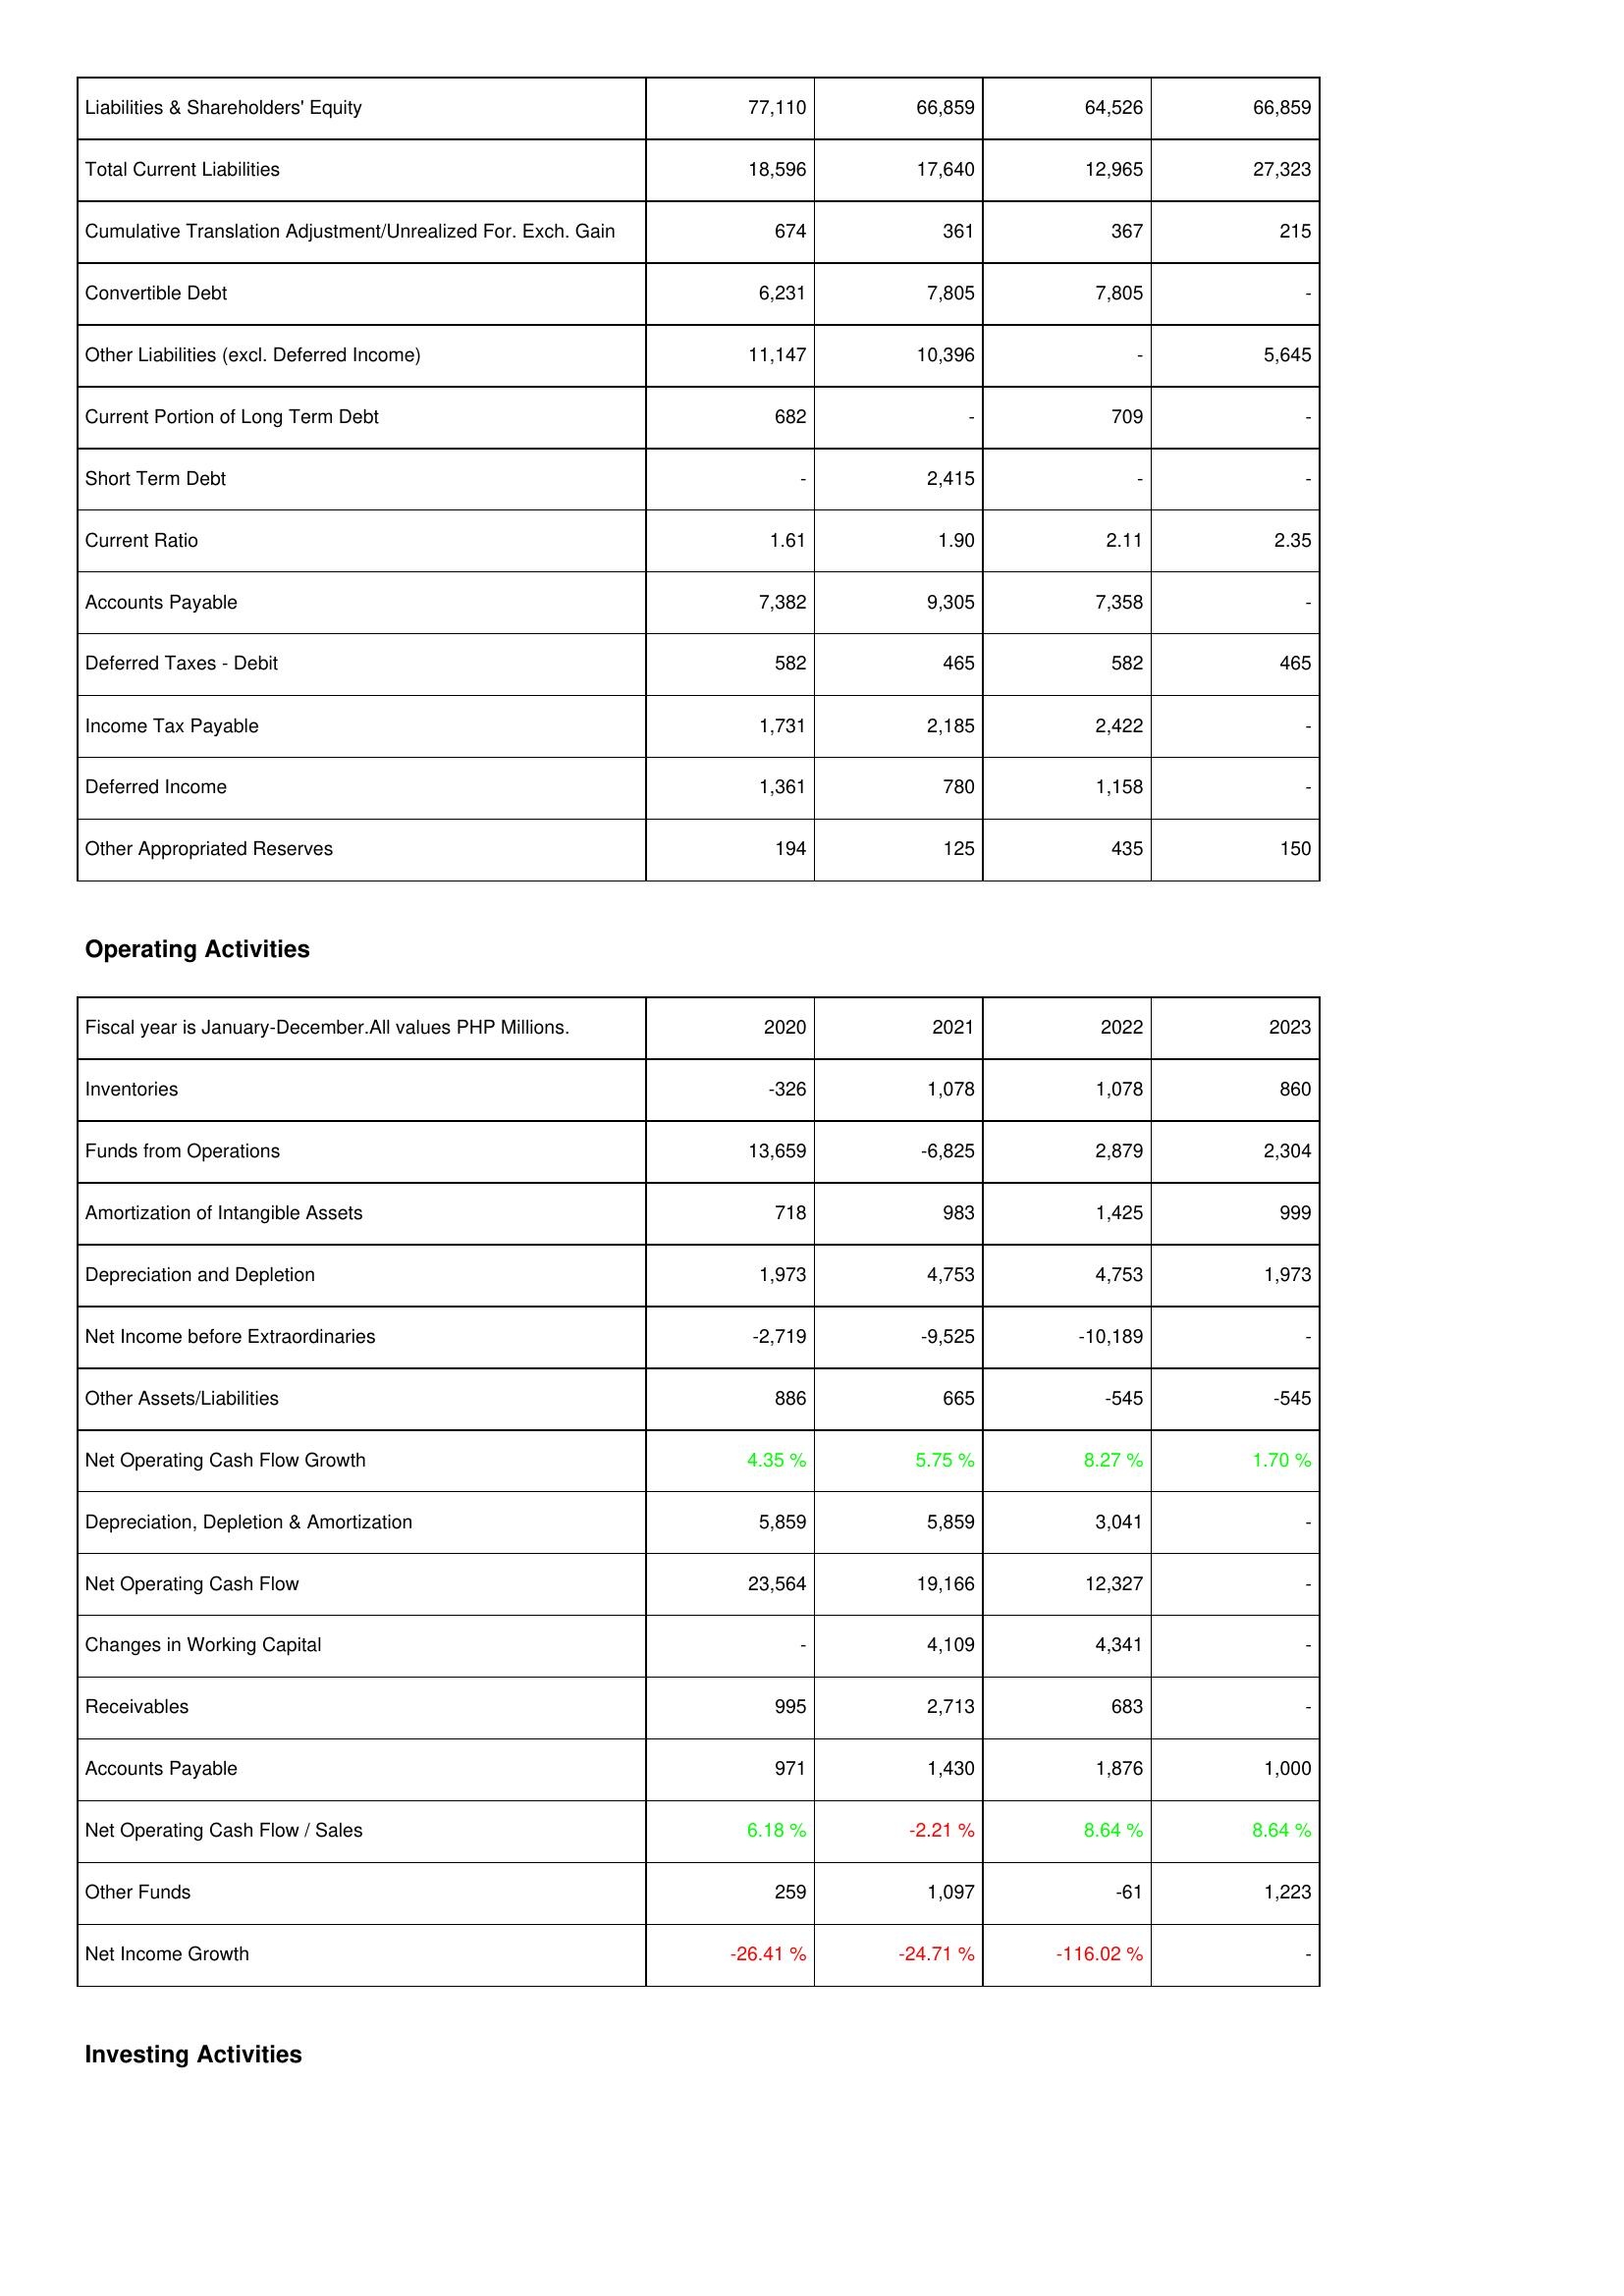
2020: Liabilities & Shareholders' Equity: Liabilities & Shareholders' Equity: 77,110
Total Current Liabilities: 18,596
Cumulative Translation Adjustment/Unrealized For. Exch. Gain: 674
Convertible Debt: 6,231
Other Liabilities (excl. Deferred Income): 11,147
Current Portion of Long Term Debt: 682
Short Term Debt: -
Current Ratio: 1.61
Accounts Payable: 7,382
Deferred Taxes - Debit: 582
Income Tax Payable: 1,731
Deferred Income: 1,361
Other Appropriated Reserves: 194
Operating Activities: Inventories: -326
Funds from Operations: 13,659
Amortization of Intangible Assets: 718
Depreciation and Depletion: 1,973
Net Income before Extraordinaries: -2,719
Other Assets/Liabilities: 886
Net Operating Cash Flow Growth: 4.35 %
Depreciation, Depletion & Amortization: 5,859
Net Operating Cash Flow: 23,564
Changes in Working Capital: -
Receivables: 995
Accounts Payable: 971
Net Operating Cash Flow / Sales: 6.18 %
Other Funds: 259
Net Income Growth: -26.41 %
2021: Liabilities & Shareholders' Equity: Liabilities & Shareholders' Equity: 66,859
Total Current Liabilities: 17,640
Cumulative Translation Adjustment/Unrealized For. Exch. Gain: 361
Convertible Debt: 7,805
Other Liabilities (excl. Deferred Income): 10,396
Current Portion of Long Term Debt: -
Short Term Debt: 2,415
Current Ratio: 1.90
Accounts Payable: 9,305
Deferred Taxes - Debit: 465
Income Tax Payable: 2,185
Deferred Income: 780
Other Appropriated Reserves: 125
Operating Activities: Inventories: 1,078
Funds from Operations: -6,825
Amortization of Intangible Assets: 983
Depreciation and Depletion: 4,753
Net Income before Extraordinaries: -9,525
Other Assets/Liabilities: 665
Net Operating Cash Flow Growth: 5.75 %
Depreciation, Depletion & Amortization: 5,859
Net Operating Cash Flow: 19,166
Changes in Working Capital: 4,109
Receivables: 2,713
Accounts Payable: 1,430
Net Operating Cash Flow / Sales: -2.21 %
Other Funds: 1,097
Net Income Growth: -24.71 %
2022: Liabilities & Shareholders' Equity: Liabilities & Shareholders' Equity: 64,526
Total Current Liabilities: 12,965
Cumulative Translation Adjustment/Unrealized For. Exch. Gain: 367
Convertible Debt: 7,805
Other Liabilities (excl. Deferred Income): -
Current Portion of Long Term Debt: 709
Short Term Debt: -
Current Ratio: 2.11
Accounts Payable: 7,358
Deferred Taxes - Debit: 582
Income Tax Payable: 2,422
Deferred Income: 1,158
Other Appropriated Reserves: 435
Operating Activities: Inventories: 1,078
Funds from Operations: 2,879
Amortization of Intangible Assets: 1,425
Depreciation and Depletion: 4,753
Net Income before Extraordinaries: -10,189
Other Assets/Liabilities: -545
Net Operating Cash Flow Growth: 8.27 %
Depreciation, Depletion & Amortization: 3,041
Net Operating Cash Flow: 12,327
Changes in Working Capital: 4,341
Receivables: 683
Accounts Payable: 1,876
Net Operating Cash Flow / Sales: 8.64 %
Other Funds: -61
Net Income Growth: -116.02 %
2023: Liabilities & Shareholders' Equity: Liabilities & Shareholders' Equity: 66,859
Total Current Liabilities: 27,323
Cumulative Translation Adjustment/Unrealized For. Exch. Gain: 215
Convertible Debt: -
Other Liabilities (excl. Deferred Income): 5,645
Current Portion of Long Term Debt: -
Short Term Debt: -
Current Ratio: 2.35
Accounts Payable: -
Deferred Taxes - Debit: 465
Income Tax Payable: -
Deferred Income: -
Other Appropriated Reserves: 150
Operating Activities: Inventories: 860
Funds from Operations: 2,304
Amortization of Intangible Assets: 999
Depreciation and Depletion: 1,973
Net Income before Extraordinaries: -
Other Assets/Liabilities: -545
Net Operating Cash Flow Growth: 1.70 %
Depreciation, Depletion & Amortization: -
Net Operating Cash Flow: -
Changes in Working Capital: -
Receivables: -
Accounts Payable: 1,000
Net Operating Cash Flow / Sales: 8.64 %
Other Funds: 1,223
Net Income Growth: -